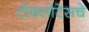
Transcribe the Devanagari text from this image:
टोक्सोटेसचे